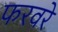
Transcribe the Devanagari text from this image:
फरवरे